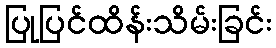
ပြုပြင်ထိန်းသိမ်းခြင်း